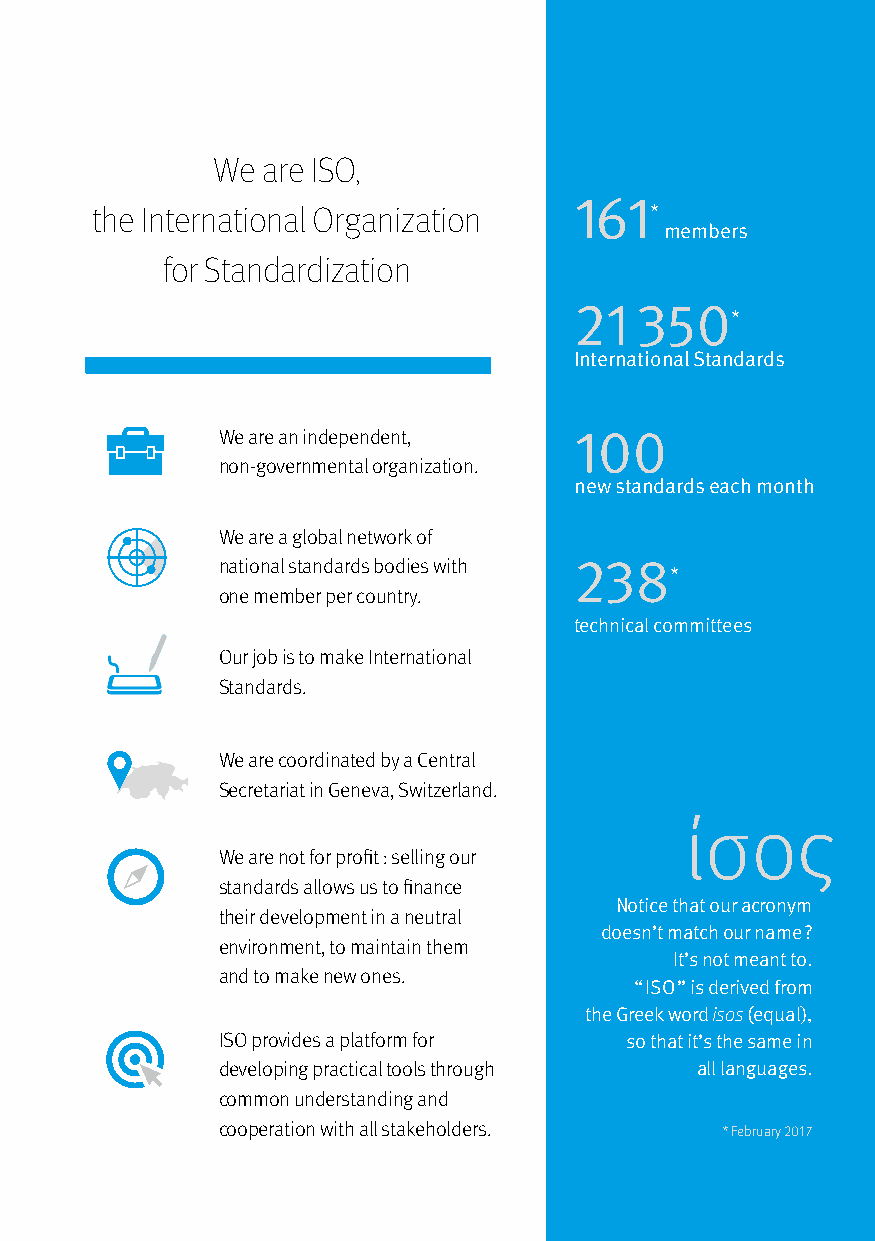
We are ISO,
 161
 the International Organization       *
 members
 for Standardization
 21  350
 *
 International Standards
 We are an independent,  100
 non-governmental organization.
 new standards each month
 We are a global network of
 national standards bodies with 238
 *
 one member per country.
 technical committees
 Our job is to make International
 Standards.
 We are coordinated by a Central
 Secretariat in Geneva, Switzerland.
 ίσος
 We are not for profit : selling our
 standards allows us to finance
 Notice that our acronym
 their development in a neutral
 doesn’t match our name ?
 environment, to maintain them
 It’s not meant to.
 and to make new ones.
 “ ISO ” is derived from
 the Greek word isos (equal),
 ISO provides a platform for so that it’s the same in
 developing practical tools through all languages.
 common understanding and
 cooperation with all stakeholders. * February 2017